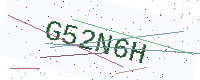
Text: G52N6H